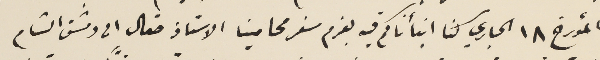
المؤرخ ١٨ الجاري كنا انبأناكم فيه بعزم سفر محامينا الاستاذ صقال الى دمشق الشام